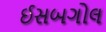
ઈસબગોલ